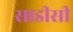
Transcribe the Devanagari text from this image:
साडीसी